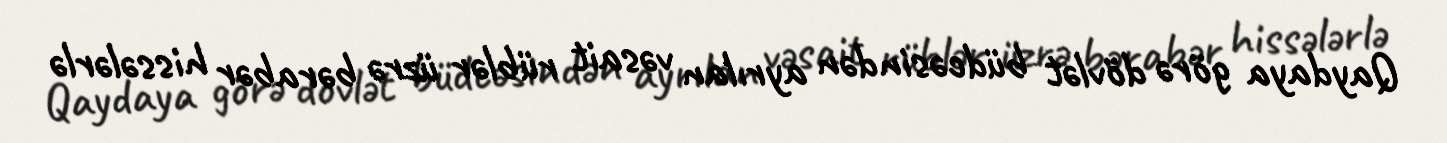
Qaydaya görə dövlət büdcəsindən ayrılan vəsait rüblər üzrə bərabər hissələrlə